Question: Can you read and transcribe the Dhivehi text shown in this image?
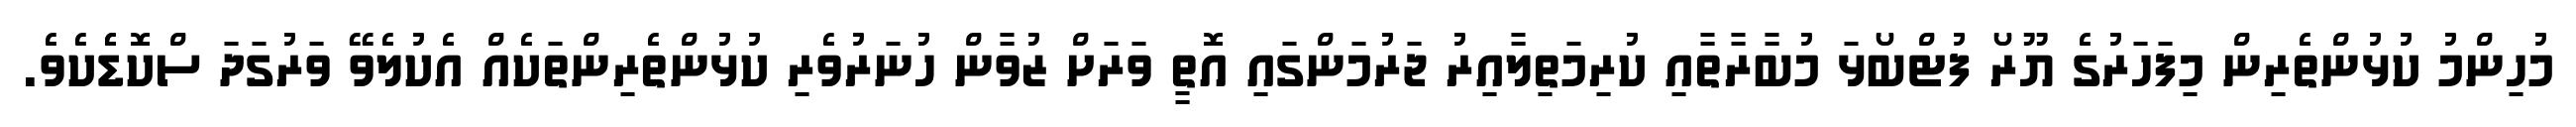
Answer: މުހިންމު ކުޅުންތެރިން މިފަހަރުގެ ޔޫރޯ ފުޓްބޯޅަ މުބާރާތާއި ކުރިމަތިލާއިރު ޖަރުމަންގައި އޮތީ ވަރަށް ޒުވާން ހުނަރުވެރި ކުޅުންތެރިންތަކެއް އެކުލެވޭ ވަރުގަދަ ސްކޮޑެެކެވެ.